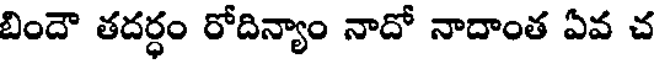
బిందౌ తదర్ధం రోదిన్యాం నాదో నాదాంత ఏవ చ